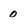
Character: o